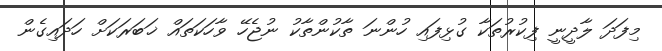
މިފަދަ ލާދީނީ ފިކުރުތަކާ ގުޅިފައި ހުންނަ ތާކުންތާކު ނުޖެހޭ ވާހަކަތައް ޚަބަރަކަށް ހަދައިގެން